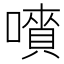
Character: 𡀅